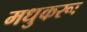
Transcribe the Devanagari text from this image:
मधुकरूः